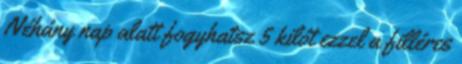
Néhány nap alatt fogyhatsz 5 kilót ezzel a filléres